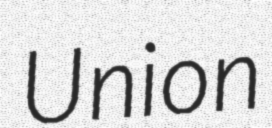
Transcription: Union